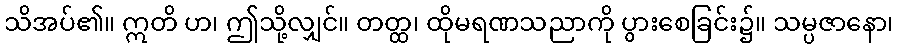
သိအပ်၏။ ဣတိ ဟ၊ ဤသို့လျှင်။ တတ္ထ၊ ထိုမရဏသညာကို ပွားစေခြင်း၌။ သမ္ပဇာနော၊